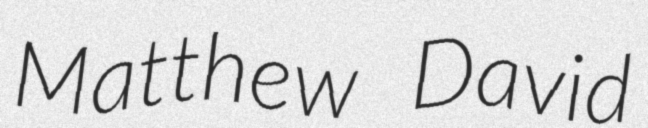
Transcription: Matthew David